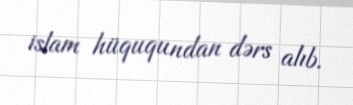
islam hüququndan dərs alıb.